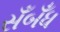
સઁબઁધ